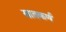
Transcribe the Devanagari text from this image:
सातकर्ण